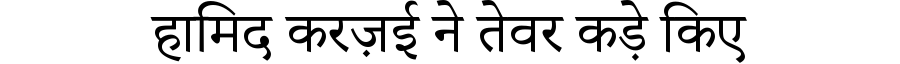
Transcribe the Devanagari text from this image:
हामिद करज़ई ने तेवर कड़े किए